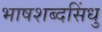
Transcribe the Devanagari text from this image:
भाषशब्दसिंधु